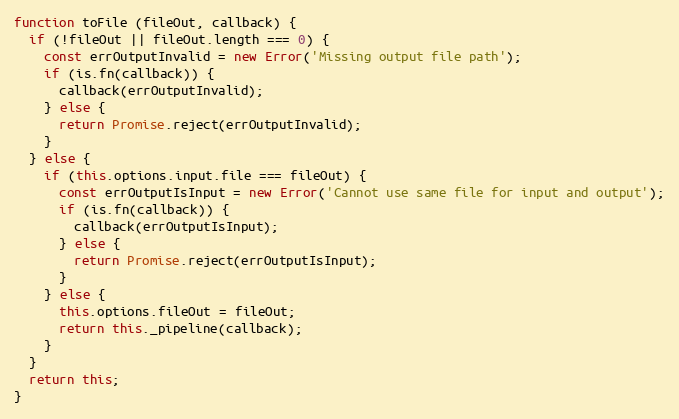
Language: JavaScript
function toFile (fileOut, callback) {
  if (!fileOut || fileOut.length === 0) {
    const errOutputInvalid = new Error('Missing output file path');
    if (is.fn(callback)) {
      callback(errOutputInvalid);
    } else {
      return Promise.reject(errOutputInvalid);
    }
  } else {
    if (this.options.input.file === fileOut) {
      const errOutputIsInput = new Error('Cannot use same file for input and output');
      if (is.fn(callback)) {
        callback(errOutputIsInput);
      } else {
        return Promise.reject(errOutputIsInput);
      }
    } else {
      this.options.fileOut = fileOut;
      return this._pipeline(callback);
    }
  }
  return this;
}